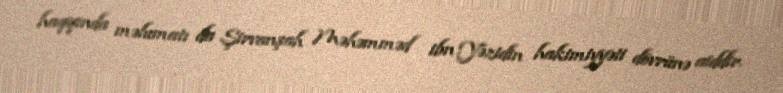
haqqında məlumatı da Şirvanşah Məhəmməd ibn Yəzidin hakimiyyəti dövrünə aiddir.